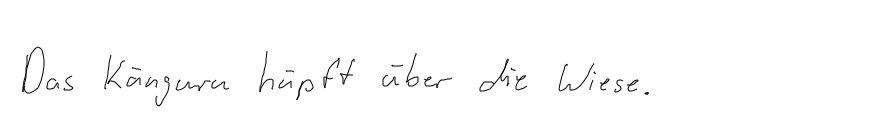
Das Känguru hüpft über die Wiese.